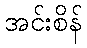
အင်းစိန်